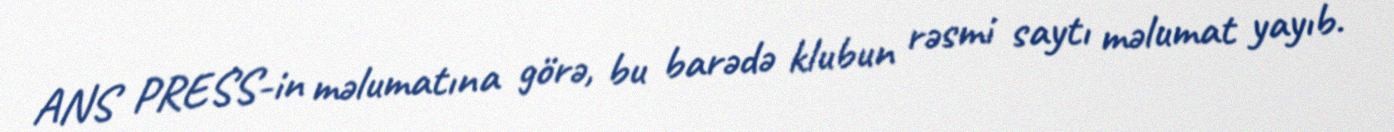
ANS PRESS-in məlumatına görə, bu barədə klubun rəsmi saytı məlumat yayıb.